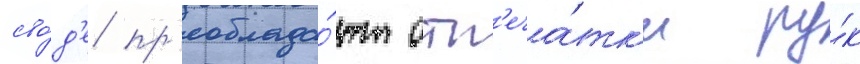
сво́д'е пр'еоблада́ют отп'еча́тк'и ру́к